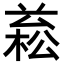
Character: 𣕙